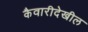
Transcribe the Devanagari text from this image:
कैवारीदेखील